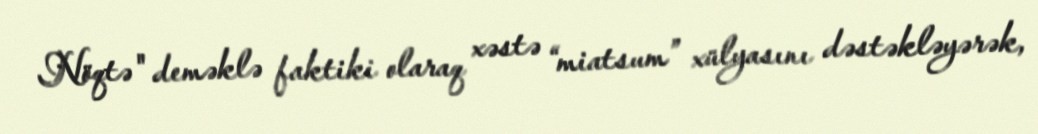
Nöqtə" deməklə faktiki olaraq xəstə “miatsum” xülyasını dəstəkləyərək,